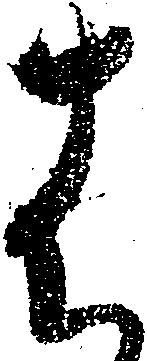
は